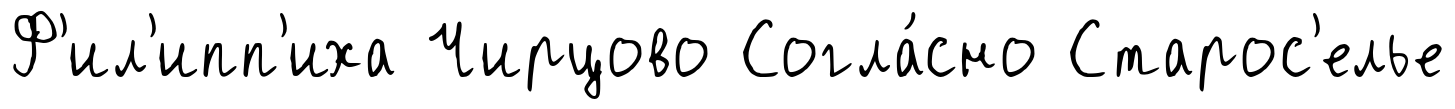
Ф'ил'ипп'иха Чирцово Согла́сно Старос'елье